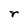
Character: r